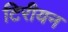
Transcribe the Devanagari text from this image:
टिरीयन